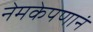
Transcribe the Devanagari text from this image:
नेमकेपणानं